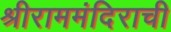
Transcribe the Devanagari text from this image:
श्रीराममंदिराची